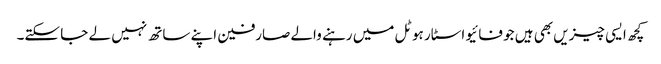
کچھ ایسی چیزیں بھی ہیں جو فائیو اسٹار ہوٹل میں رہنے والے صارفین اپنے ساتھ نہیں لے جا سکتے۔